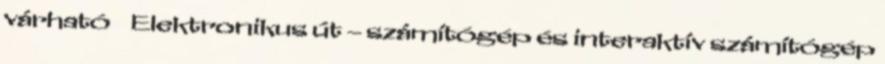
várható  Elektronikus út – számítógép és interaktív számítógép